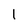
Character: 1